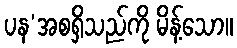
ပန’အစရှိသည်ကို မိန့်သော။